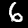
Label: 6